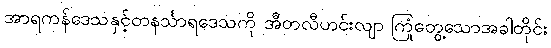
အာရကန်ဒေသနှင့်တနင်္သာရဒေသကို အီတလီဟင်းလျာ ကြုံတွေ့သောအခါတိုင်း